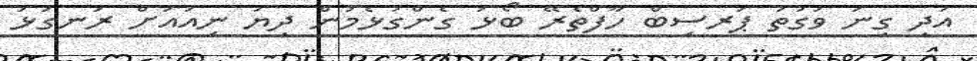
އަދި ގިނަ ވަގުތު ޕަރސިބް ހާފްތެރޭ ބޯޅަ ގެންގުޅެމުން ދިޔަ ނިއުއަށް ރަނގަޅު